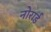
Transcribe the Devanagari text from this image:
नोरार्ड